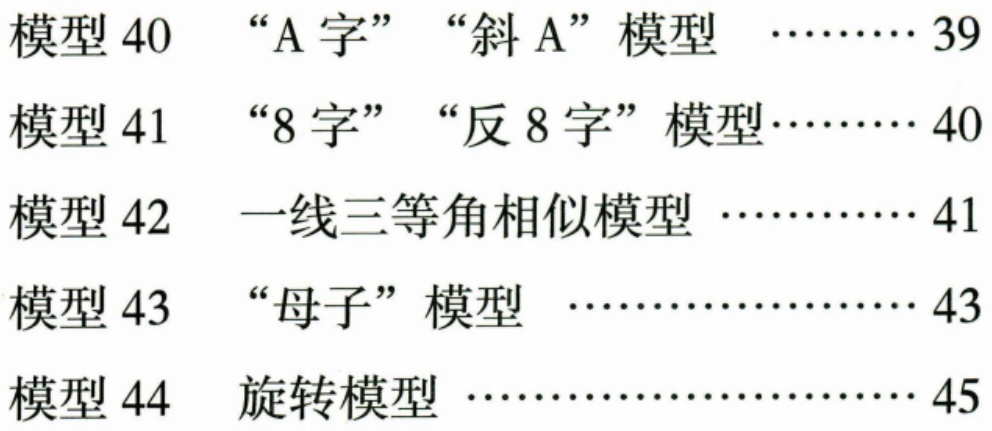
模型 40 “A 字” “斜 A” 模型 ……… 39
模型 41 “8 字” “反 8 字” 模型……… 40
模型 42 一线三等角相似模型 ………… 41
模型 43 “母子” 模型 ………………… 43
模型 44 旋转模型 ……………………… 45